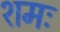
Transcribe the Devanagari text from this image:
शमः